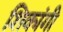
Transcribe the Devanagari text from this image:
शिकांगी